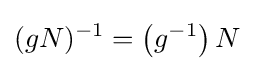
(gN)^{-1}=\left(g^{-1}\right)N